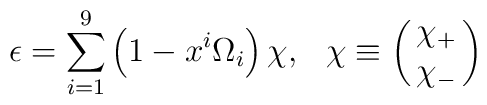
\epsilon = \sum_{i=1}^9 \left(1 - x^i \Omega_i \right) \chi, \hspace{3mm}\chi \equiv \pmatrix{\chi_{+} \cr\chi_{-} \cr}